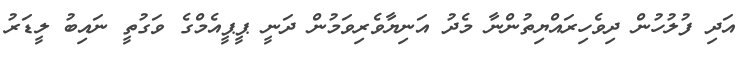
އަދި ފުލުހުން ދިވެހިރައްޔިތުންނާ މެދު އަނިޔާވެރިވަމުން ދަނީ ޕީޕީއެމްގެ ވަގުތީ ނައިބު ލީޑަރު